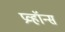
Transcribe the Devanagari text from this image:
प्रव्हॉन्स